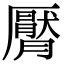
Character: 𣎩